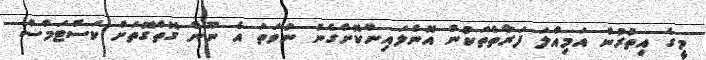
މީގެ އިތުރުން އަމިއްލަ ފަރާތްތަކުން އޮންލައިންކޮށްގެން ނުވަތަ އެ ނޫން ގޮތްގޮތަށް ކަސްޓަމްސް